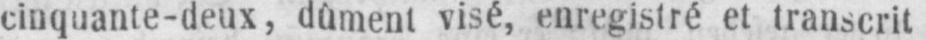
cinquante-deux, dûment visé, enregistré et transcrit